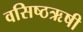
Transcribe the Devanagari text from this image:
वसिष्ठऋषी